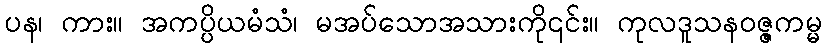
ပန၊ ကား။ အကပ္ပိယမံသံ၊ မအပ်သောအသားကို၎င်း။ ကုလဒူသနဝဇ္ဇကမ္မ